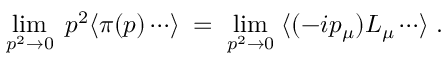
\operatorname * { l i m } _ { p ^ { 2 } \to 0 } \; p ^ { 2 } \langle \pi ( p ) \cdots \rangle \; = \; \operatorname * { l i m } _ { p ^ { 2 } \to 0 } \; \langle ( - i p _ { \mu } ) L _ { \mu } \cdots \rangle \; .